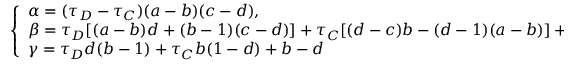
\left\{ \begin{array} { l l } { \alpha = ( \tau _ { D } - \tau _ { C } ) ( a - b ) ( c - d ) , } \\ { \beta = \tau _ { D } [ ( a - b ) d + ( b - 1 ) ( c - d ) ] + \tau _ { C } [ ( d - c ) b - ( d - 1 ) ( a - b ) ] + a - b - c + d , } \\ { \gamma = \tau _ { D } d ( b - 1 ) + \tau _ { C } b ( 1 - d ) + b - d } \end{array} \right.